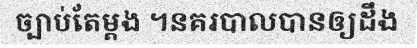
ច្បាប់តែម្តង ។នគរបាលបានឲ្យដឹង